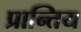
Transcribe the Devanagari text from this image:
प्रान्तिय